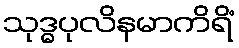
သုဒ္ဓပုလိနမာကိရိံ